255_413270_UFO's_and_Defense_What_Should_we_Prepare_For
Agency: NASA
Page 42
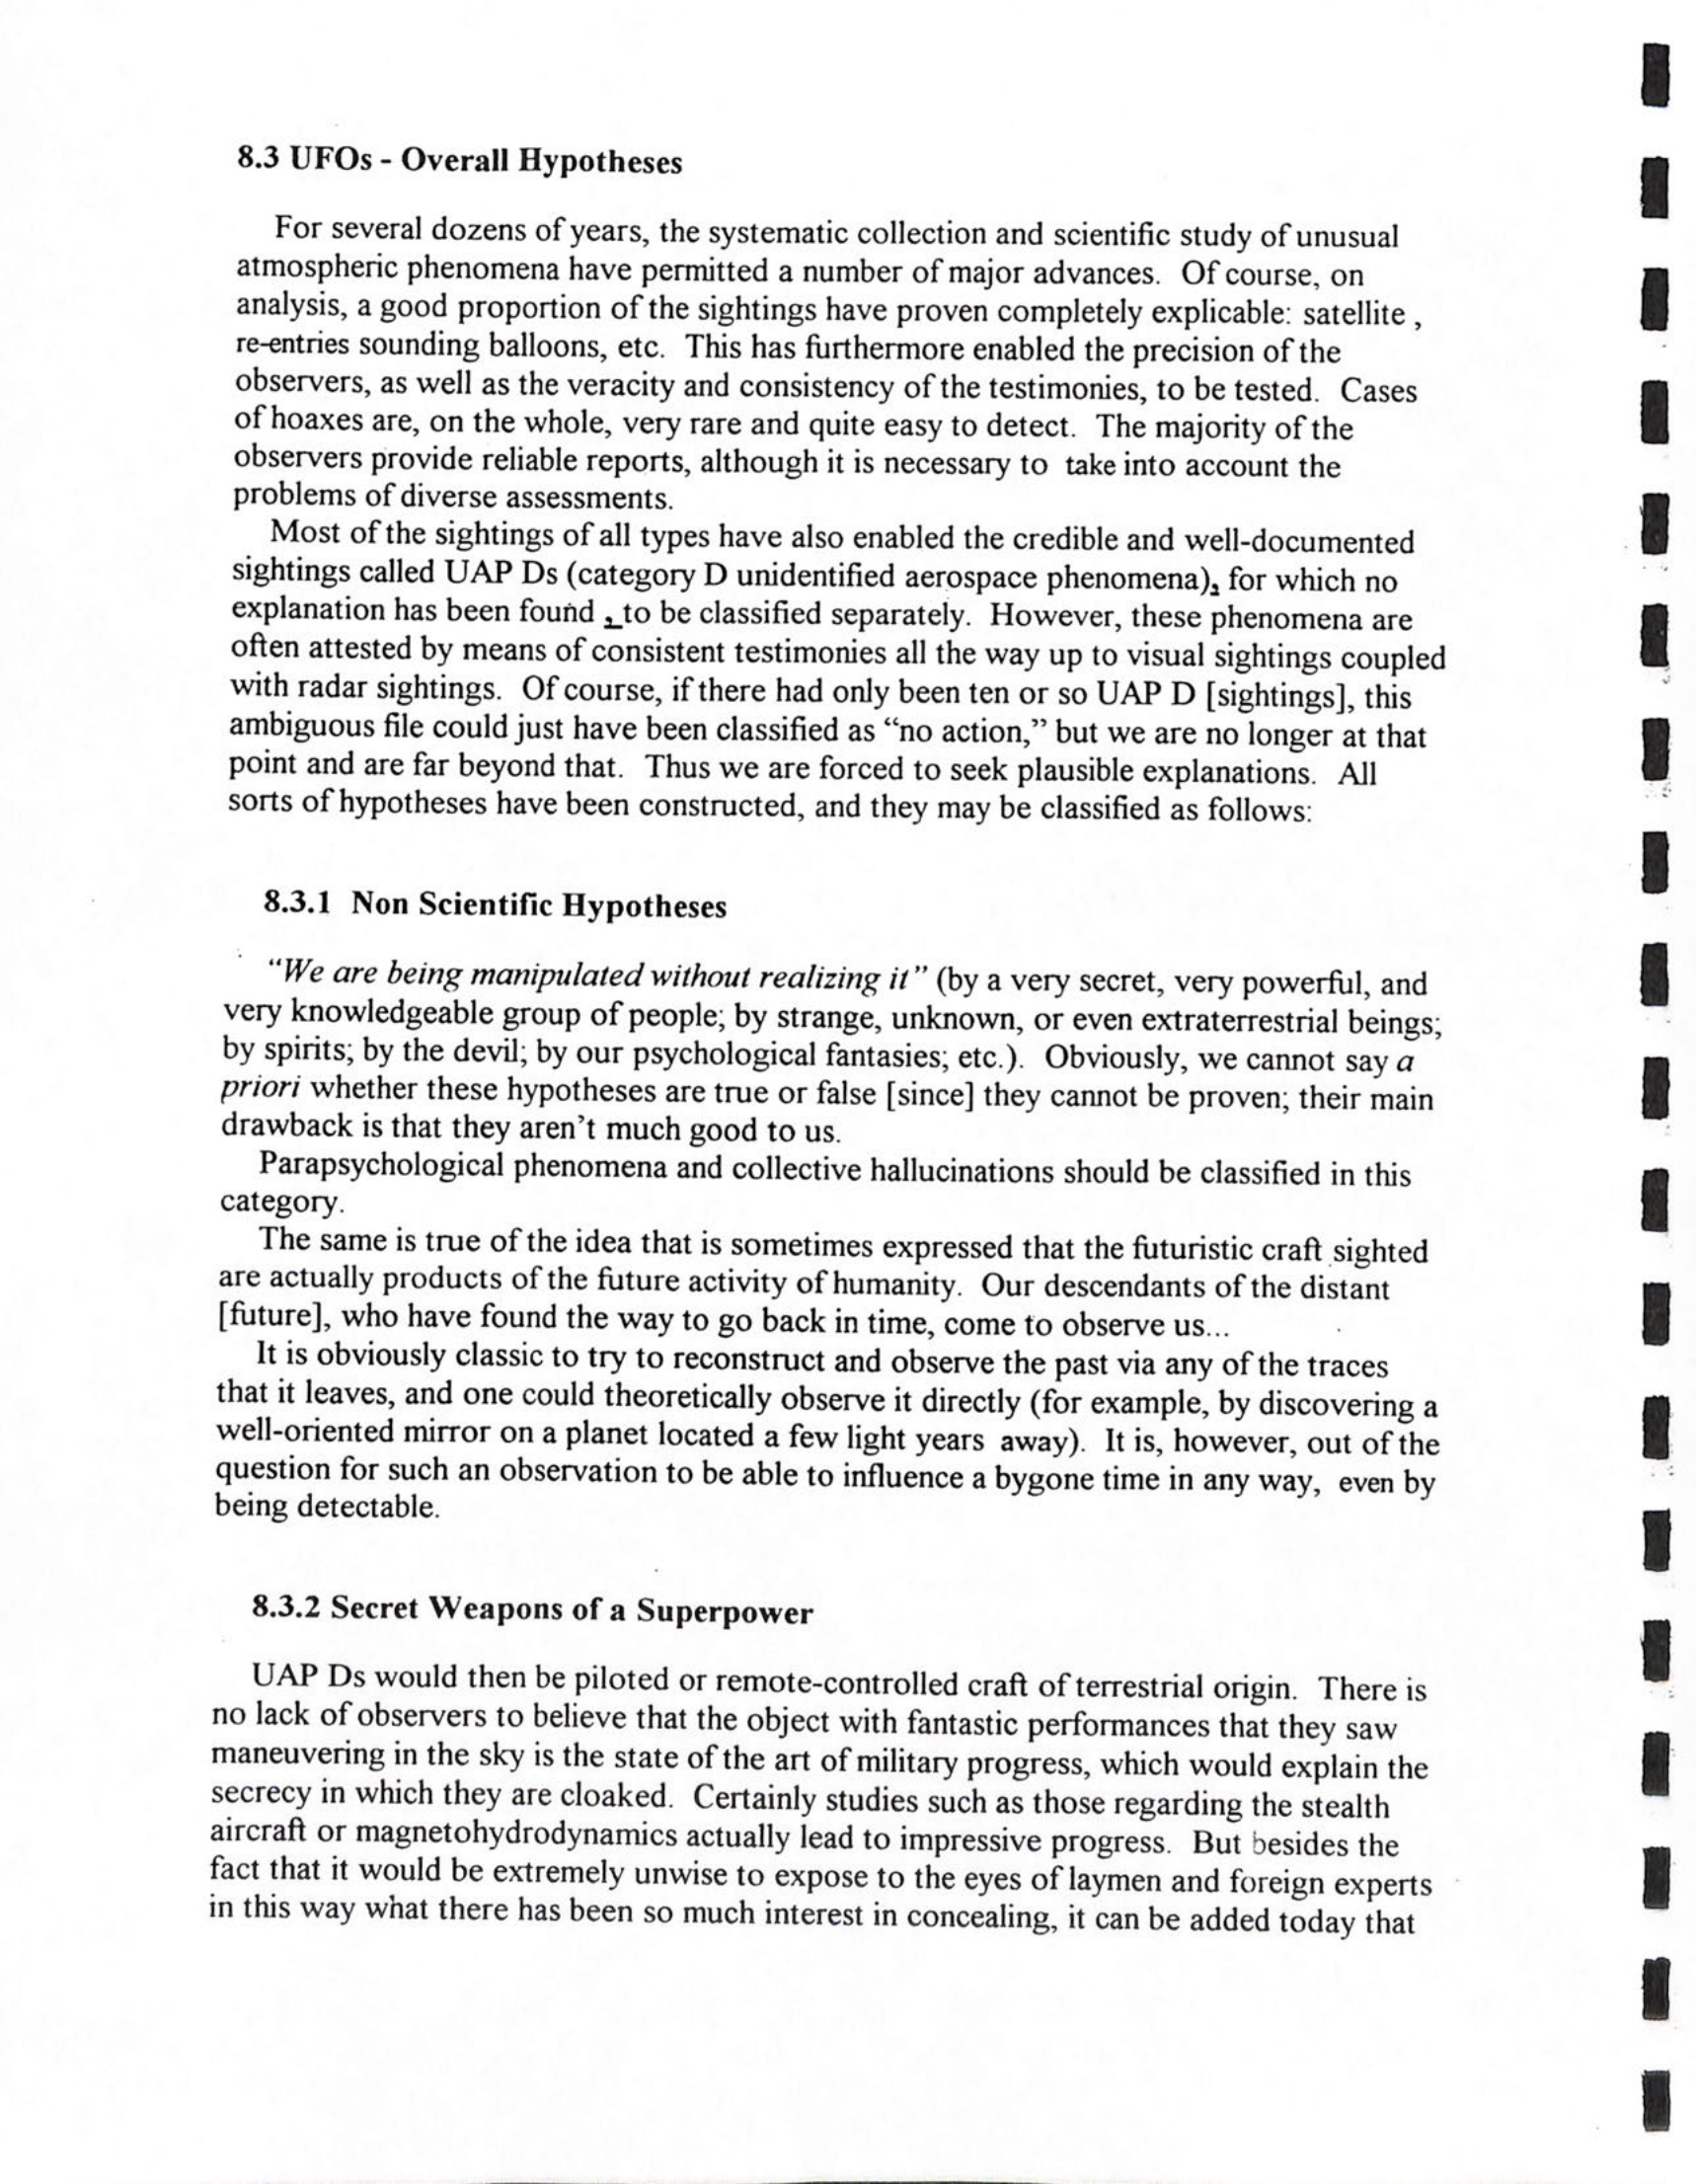